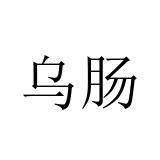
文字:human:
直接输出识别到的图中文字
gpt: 乌肠